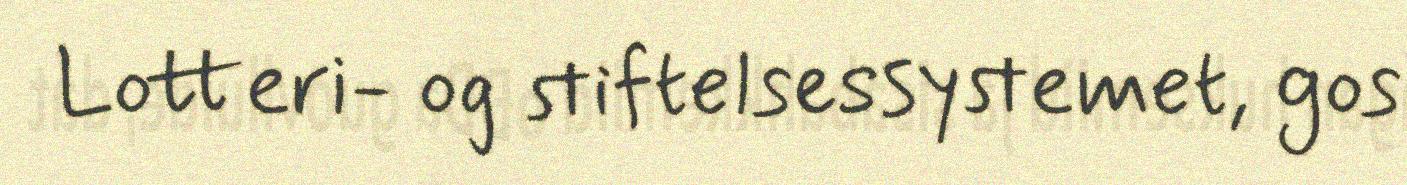
Lotteri- og stiftelsessystemet, gos